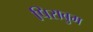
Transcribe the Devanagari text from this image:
पिरावुम